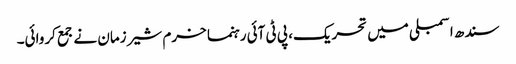
سندھ اسمبلی میں تحریک، پی ٹی آئی رہنما خرم شیر زمان نے جمع کروائی۔